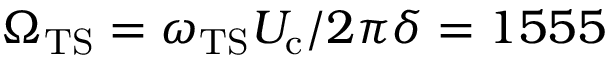
\Omega _ { \mathrm { T S } } = { \omega _ { \mathrm { T S } } } { U _ { \mathrm { c } } } / { 2 \pi } { \delta } = 1 5 5 5